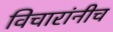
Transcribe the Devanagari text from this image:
विचारांनीच